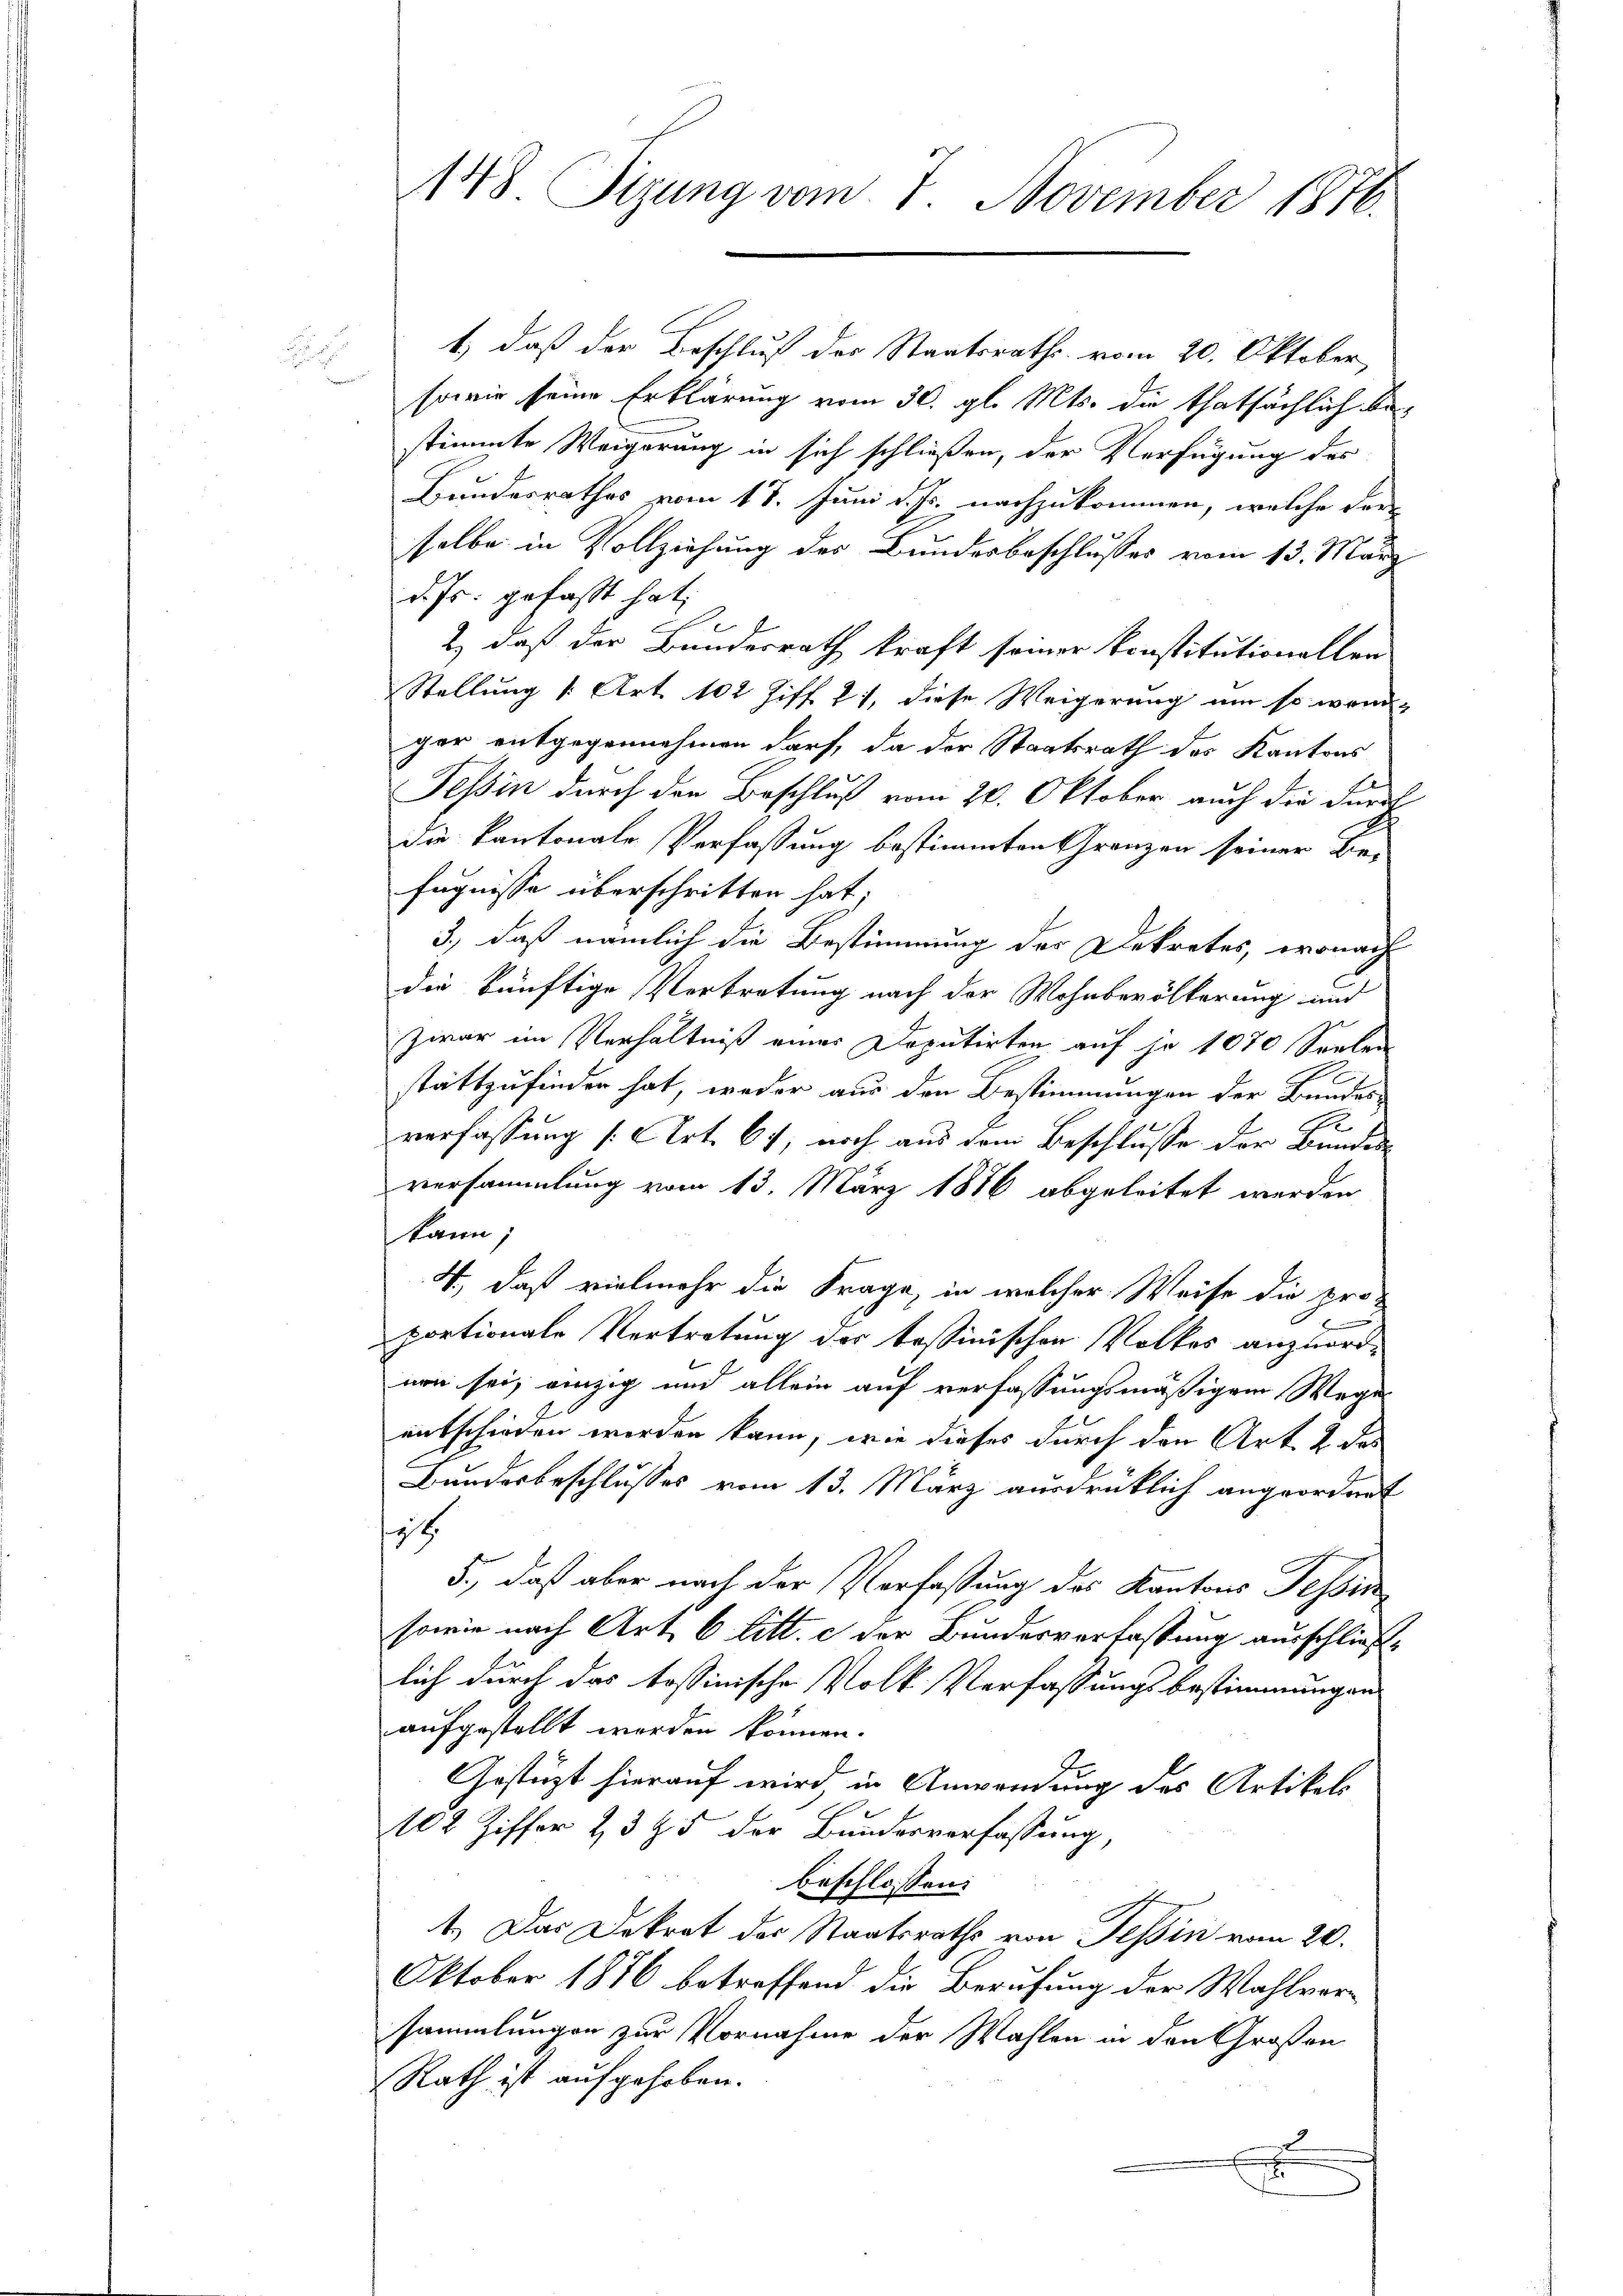
148 Sizung vom 7. November 1816.

1.) daß der Beschluß der Staatsraths vom 20. Oktober,
sowie seine Erklärung vom 30. gl. Mts. die thatsächlich bestimmte Weigerung in sich schließen, der Verfügung des
Bundesrathes vom 18. Juni d. Js. nachzukommen, welche dar-
selbe in Vollziehung des Bundesbeschlusses vom 13. März
d. Js. gefaßt hat;
2) daß der Bundesrath kraft seiner Konstitutionellen
Stellung /: Art. 102 Ziff. 21, diese Weigerung um so wenn-
ger entgegennehmen darf, da der Staatsrath des Kantons
Tessin durch den Beschluß vom 20. Oktober auch die Furch
die Kantonale Verfassung bestimmten Granzen seiner Be-
fugnisse überschritten hat;
3., daß nämlich die Bestimmung des Dekretes, wonach
die künftige Verbretung nach der Wohnbevölkerung und
Zwar im Verhältniß eines Deputirten auf je 1070 Seelen
stattzufinden hat, weder aus den Bestimmungen der Bundes-
verfassung (Art. 67, noch aus dem Beschlusse der Bunden
versammlung vom 13. März 1886 abgeleitet werden
kann,
4, daß vielmehr die Frage, in welcher Weise die pro-
portionale Vertretung der tessinischen Volkes anzuordnon sei, einzig und allein auf verfassungsmäßigem Wege
entschieden worden kann, wie dieses durch den Art. 2 des
Bundesbeschlusses vom 13. März ausdrüklich angeordnet
it
5., daß aber nach der Verfassung des Kantons Tessin
sowie nach Art 6 litt. c der Bundesverfassung ausschließlich durch das tessinische Volk Verfassungsbestimmungen
aufgestellt worden können.
Gestüzt hierauf wird, in Anwendung des Artikels
102 Ziffer 23 & 5 der Bundesverfassung,
beschlossen:
1.) Das Dekret der Staatsraths von Tessin vom 20.
Oktober 1876 betreffend die Berufung der Wahlversammlungen zur Vornahme der Wahlen in den Großen
Rath ist aufgehoben.
.